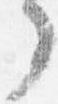
了